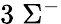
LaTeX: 3\; \Sigma^{-}